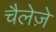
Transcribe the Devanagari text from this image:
चैलेज़े